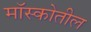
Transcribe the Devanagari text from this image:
मॉस्कोतील